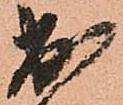
出